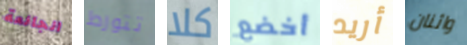
الجائعة تتورط كلا أخضع أريد واثنان